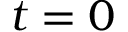
t = 0